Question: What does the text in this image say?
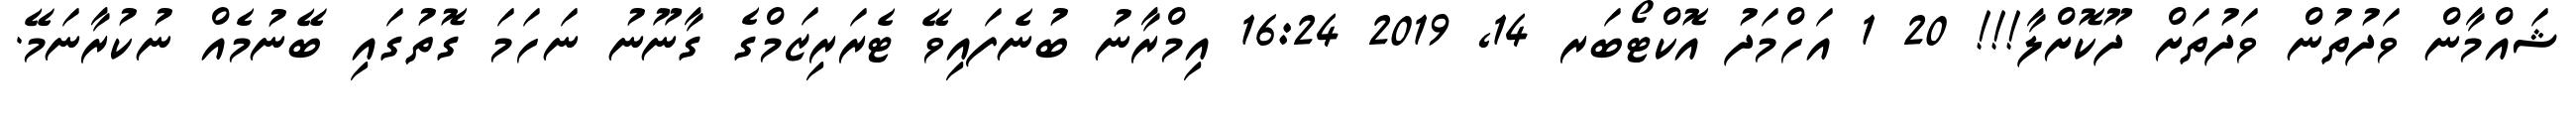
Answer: ޝައްމާން ވަދުތުން ވަދުތަށް ދޫކޮށްލާ!!! 20 1 އަހްމަދު އޮކްޓޯބަރ 14, 2019 16:24 އިމްރާނު ބުނެފައިވޭ ޓެރަރިޒަމްގެ ގާނޫނު ނަހަމަ ގޮތުގައި ބޭނުމެއް ނުކުރާނަމޭ.